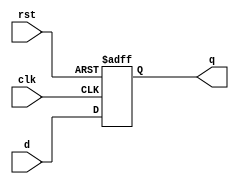
module dff(input clk, rst, d, output reg q);

    always @ (posedge clk or posedge rst) begin
        if (rst)
            q <= 1'b0;
        else
            q <= d;
    end
endmodule
module E_1(input clk, rst, A, B, output S1, S0, SF1, SF0, output Y);
    //estaos presentes y futuros
    wire S1, S0, SF1, SF0;
    //asignación del estado futuro con sus respectivas ecuaciones minimizadas
    assign SF1 = (S1 & A & B) | (S0 & B);
    assign SF0 = (~S1 & ~S0 & A);
    //creación de cada flip flop para cada estado futuro y su respectiva asignación de variables al módulo
    dff FF1(clk, rst, SF1, S1);
    dff FF0(clk, rst, SF0, S0);
    //asignación de la salida de la máquina con su ecuación minimizada
    assign Y = (S1 & A & B);
endmodule